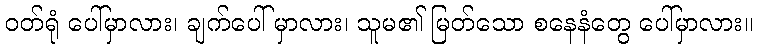
ဝတ်ရုံ ပေါ်မှာလား၊ ချက်ပေါ် မှာလား၊ သူမ၏ မြတ်သော စနေနံတွေ ပေါ်မှာလား။